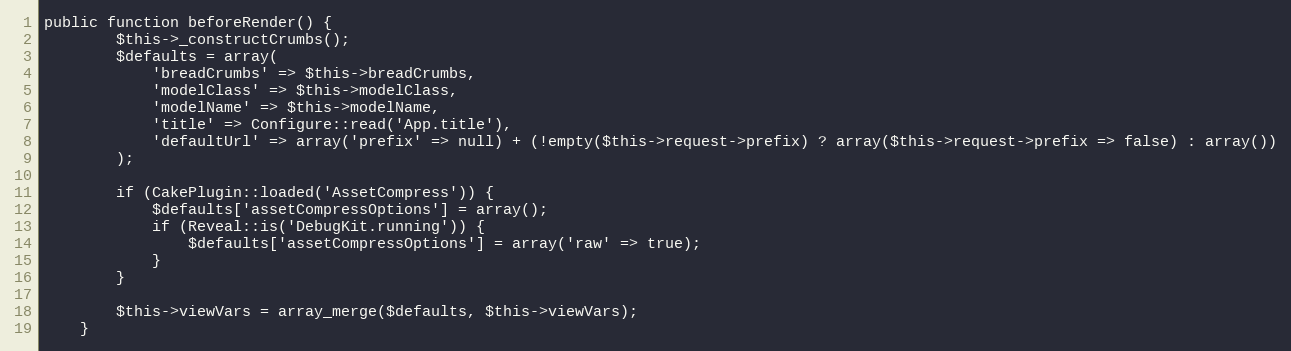
Language: PHP
public function beforeRender() {
		$this->_constructCrumbs();
		$defaults = array(
			'breadCrumbs' => $this->breadCrumbs,
			'modelClass' => $this->modelClass,
			'modelName' => $this->modelName,
			'title' => Configure::read('App.title'),
			'defaultUrl' => array('prefix' => null) + (!empty($this->request->prefix) ? array($this->request->prefix => false) : array())
		);

		if (CakePlugin::loaded('AssetCompress')) {
			$defaults['assetCompressOptions'] = array();
			if (Reveal::is('DebugKit.running')) {
				$defaults['assetCompressOptions'] = array('raw' => true);
			}
		}

		$this->viewVars = array_merge($defaults, $this->viewVars);
	}